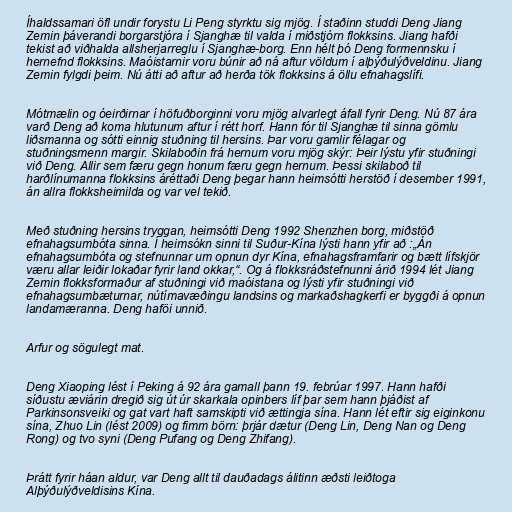
Íhaldssamari öfl undir forystu Li Peng styrktu sig mjög. Í staðinn studdi Deng Jiang
Zemin þáverandi borgarstjóra í Sjanghæ til valda í miðstjórn flokksins. Jiang hafði
tekist að viðhalda allsherjarreglu í Sjanghæ-borg. Enn hélt þó Deng formennsku í
hernefnd flokksins. Maóistarnir voru búnir að ná aftur völdum í alþýðulýðveldinu. Jiang
Zemin fylgdi þeim. Nú átti að aftur að herða tök flokksins á öllu efnahagslífi.

Mótmælin og óeirðirnar í höfuðborginni voru mjög alvarlegt áfall fyrir Deng. Nú 87 ára
varð Deng að koma hlutunum aftur í rétt horf. Hann fór til Sjanghæ til sinna gömlu
liðsmanna og sótti einnig stuðning til hersins. Þar voru gamlir félagar og
stuðningsmenn margir. Skilaboðin frá hernum voru mjög skýr: Þeir lýstu yfir stuðningi
við Deng. Allir sem færu gegn honum færu gegn hernum. Þessi skilaboð til
harðlínumanna flokksins áréttaði Deng þegar hann heimsótti herstöð í desember 1991,
án allra flokksheimilda og var vel tekið.

Með stuðning hersins tryggan, heimsótti Deng 1992 Shenzhen borg, miðstöð
efnahagsumbóta sinna. Í heimsókn sinni til Suður-Kína lýsti hann yfir að :„Án
efnahagsumbóta og stefnunnar um opnun dyr Kína, efnahagsframfarir og bætt lífskjör
væru allar leiðir lokaðar fyrir land okkar,“. Og á flokksráðstefnunni árið 1994 lét Jiang
Zemin flokksformaður af stuðningi við maóistana og lýsti yfir stuðningi við
efnahagsumbæturnar, nútímavæðingu landsins og markaðshagkerfi er byggði á opnun
landamæranna. Deng haföi unnið.

Arfur og sögulegt mat.

Deng Xiaoping lést í Peking á 92 ára gamall þann 19. febrúar 1997. Hann hafði
síðustu æviárin dregið sig út úr skarkala opinbers líf þar sem hann þjáðist af
Parkinsonsveiki og gat vart haft samskipti við ættingja sína. Hann lét eftir sig eiginkonu
sína, Zhuo Lin (lést 2009) og fimm börn: þrjár dætur (Deng Lin, Deng Nan og Deng
Rong) og tvo syni (Deng Pufang og Deng Zhifang).

Þrátt fyrir háan aldur, var Deng allt til dauðadags álitinn æðsti leiðtoga
Alþýðulýðveldisins Kína.